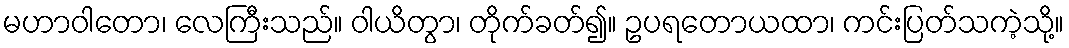
မဟာဝါတော၊ လေကြီးသည်။ ဝါယိတွာ၊ တိုက်ခတ်၍။ ဥပရတောယထာ၊ ကင်းပြတ်သကဲ့သို့။